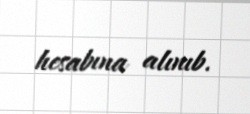
hesabına alınıb.